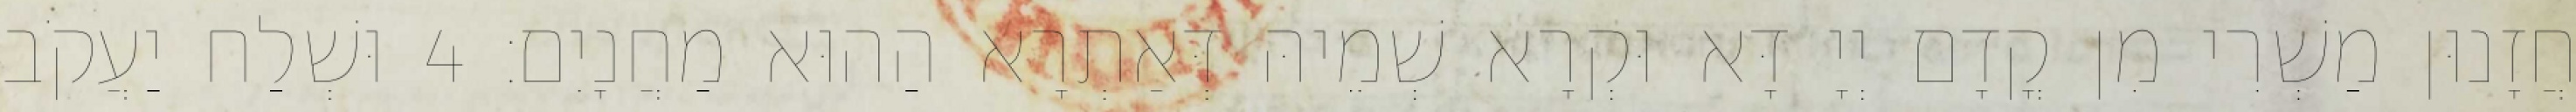
חֲזָנוּן מַשְׁרִי מִן קֳדָם יְיָ דָּא וּקְרָא שְׁמֵיהּ דְּאַתְרָא הַהוּא מַחֲנָיִם׃ 4 וּשְׁלַח יַעֲקֹב